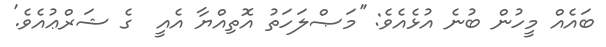
ބައެއް މީހުން ބުނެ އުޅެއެވެ: ''މަޞްލަހަތު އޮތިއްޔާ އެއީ  ގެ ޝަރްޢުއެވެ.'